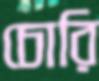
চোরি